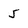
Character: 5